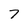
Character: 7